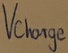
Text: Vcharge